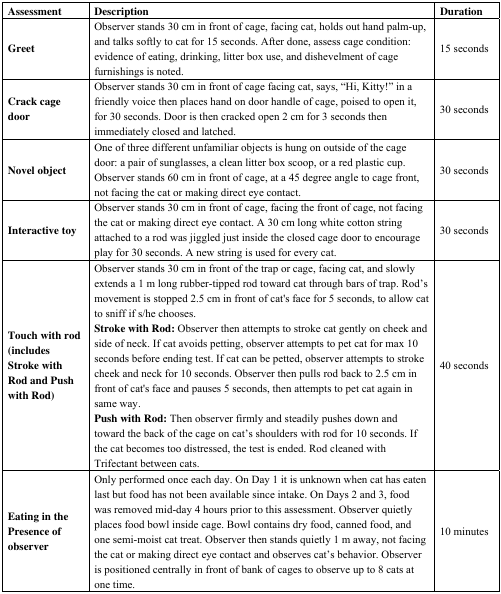
| Assessment | Description | Duration |
 | --- | --- | --- |
 | Greet | Observer stands 30 cm in front of cage, facing cat, holds out hand palm-up, and talks softly to cat for 15 seconds. After done, assess cage condition: evidence of eating, drinking, litter box use, and dishevelment of cage furnishings is noted. | 15 seconds |
 | Crack cage door | Observer stands 30 cm in front of cage facing cat, says, “Hi, Kitty!” in a friendly voice then places hand on door handle of cage, poised to open it, for 30 seconds. Door is then cracked open 2 cm for 3 seconds then immediately closed and latched. | 30 seconds |
 | Novel object | One of three different unfamiliar objects is hung on outside of the cage door: a pair of sunglasses, a clean litter box scoop, or a red plastic cup. Observer stands 60 cm in front of cage, at a 45 degree angle to cage front, not facing the cat or making direct eye contact. | 30 seconds |
 | Interactive toy | Observer stands 30 cm in front of cage, facing the front of cage, not facing the cat or making direct eye contact. A 30 cm long white cotton string attached to a rod was jiggled just inside the closed cage door to encourage play for 30 seconds. A new string is used for every cat. | 30 seconds |
 | Touch with rod (includes Stroke with Rod and Push with Rod) | Observer stands 30 cm in front of the trap or cage, facing cat, and slowly extends a 1 m long rubber-tipped rod toward cat through bars of trap. Rod’s movement is stopped 2.5 cm in front of cat's face for 5 seconds, to allow cat to sniff if s/he chooses. Stroke with Rod: Observer then attempts to stroke cat gently on cheek and side of neck. If cat avoids petting, observer attempts to pet cat for max 10 seconds before ending test. If cat can be petted, observer attempts to stroke cheek and neck for 10 seconds. Observer then pulls rod back to 2.5 cm in front of cat's face and pauses 5 seconds, then attempts to pet cat again in same way. Push with Rod: Then observer firmly and steadily pushes down and toward the back of the cage on cat’s shoulders with rod for 10 seconds. If the cat becomes too distressed, the test is ended. Rod cleaned with Trifectant between cats. | 40 seconds |
 | Eating in the Presence of observer | Only performed once each day. On Day 1 it is unknown when cat has eaten last but food has not been available since intake. On Days 2 and 3, food was removed mid-day 4 hours prior to this assessment. Observer quietly places food bowl inside cage. Bowl contains dry food, canned food, and one semi-moist cat treat. Observer then stands quietly 1 m away, not facing the cat or making direct eye contact and observes cat’s behavior. Observer is positioned centrally in front of bank of cages to observe up to 8 cats at one time. | 10 minutes |